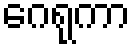
ဂေရုကာ